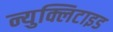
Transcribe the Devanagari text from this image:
न्युक्लिटाइड